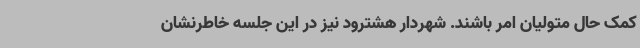
کمک حال متولیان امر باشند. شهردار هشترود نیز در این جلسه خاطرنشان